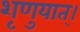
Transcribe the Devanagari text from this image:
शृणुयात्।